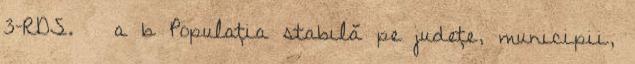
3–RDS. ↑ a b Populaţia stabilă pe judeţe, municipii,